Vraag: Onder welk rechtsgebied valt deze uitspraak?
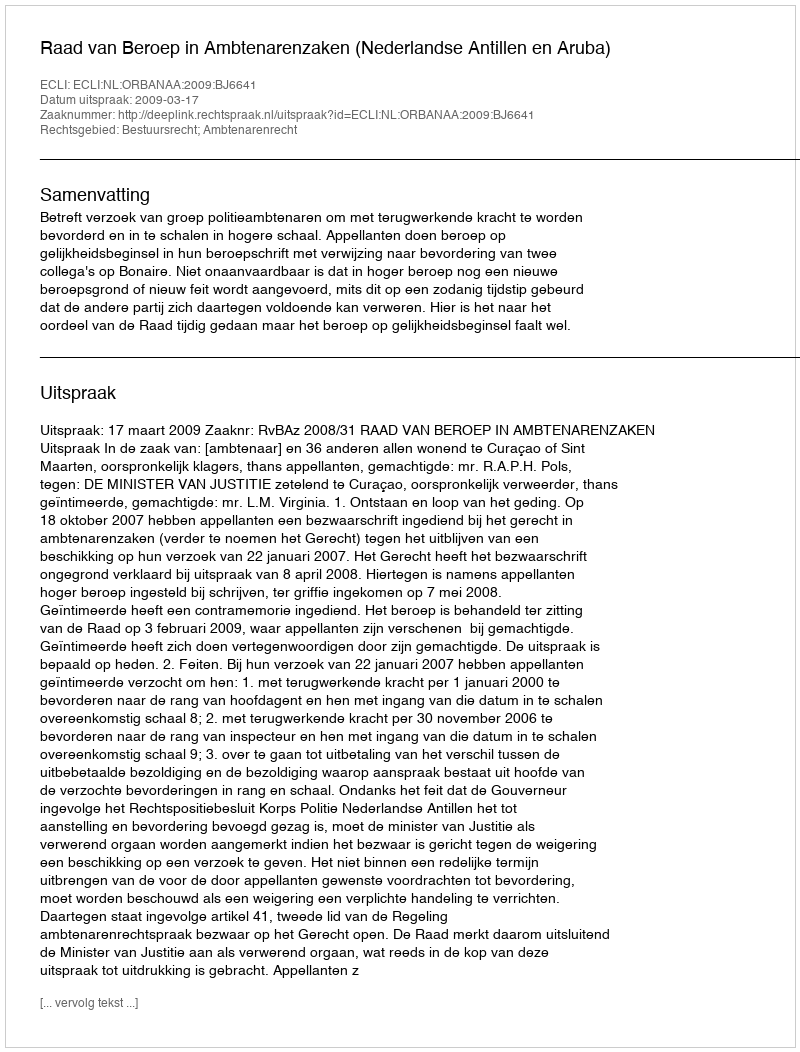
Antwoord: Bestuursrecht; Ambtenarenrecht